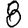
Digit: 8